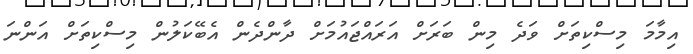
އިމާމަ މިސްކިތަށް ވަދެ މިން ބަރަށް އަރައްޖައުމަށް ދާންދެން އެބޭކަލުން މިސްކިތަށް އަންނަ